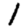
Digit: 1